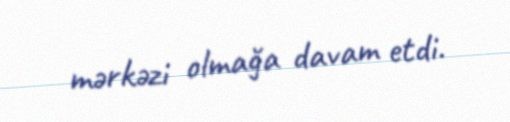
mərkəzi olmağa davam etdi.